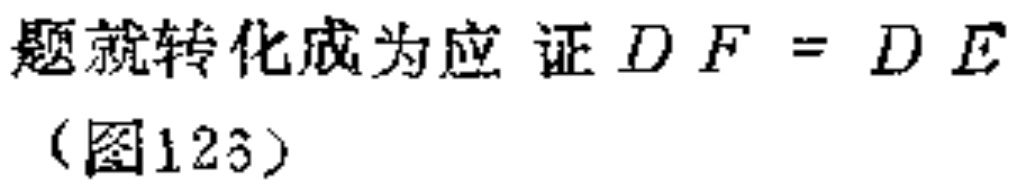
题就转化成为应证 \(DF = DE\)（图126）